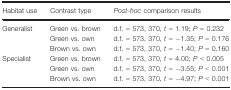
<table><thead><tr><td><b>Habitat use</b></td><td><b>Contrast type</b></td><td><b><i>Post‐hoc</i> comparison results</b></td></tr></thead><tbody><tr><td rowspan="3">Generalist</td><td>Green vs. brown</td><td>d.f. = 573, 370, <i>t</i> = 1.19; <i>P</i> = 0.232</td></tr><tr><td>Green vs. own</td><td>d.f. = 573, 370, <i>t</i> = −1.35; <i>P</i> = 0.176</td></tr><tr><td>Brown vs. own</td><td>d.f. = 573, 370, <i>t</i> = −1.40; <i>P</i> = 0.160</td></tr><tr><td rowspan="3">Specialist</td><td>Green vs. brown</td><td>d.f. = 573, 370, <i>t</i> = 4.00; <i>P</i> &lt; 0.005</td></tr><tr><td>Green vs. own</td><td>d.f. = 573, 370, <i>t</i> = −3.55; <i>P</i> &lt; 0.001</td></tr><tr><td>Brown vs. own</td><td>d.f. = 573, 370, <i>t</i> = −4.97; <i>P</i> &lt; 0.001</td></tr></tbody></table>